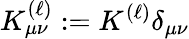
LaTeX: K_{\mu\nu}^{(\ell)}:=K^{(\ell)}\delta_{\mu\nu}